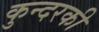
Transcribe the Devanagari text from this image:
कुन्‍दरकी